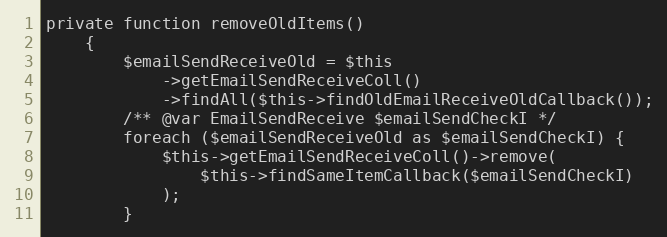
Language: PHP
private function removeOldItems()
    {
        $emailSendReceiveOld = $this
            ->getEmailSendReceiveColl()
            ->findAll($this->findOldEmailReceiveOldCallback());
        /** @var EmailSendReceive $emailSendCheckI */
        foreach ($emailSendReceiveOld as $emailSendCheckI) {
            $this->getEmailSendReceiveColl()->remove(
                $this->findSameItemCallback($emailSendCheckI)
            );
        }